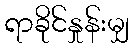
ရာခိုင်နှုန်းမျှ